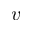
v